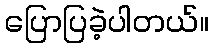
ပြောပြခဲ့ပါတယ်။